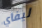
ليفاي